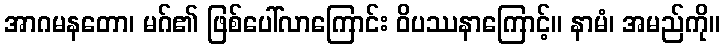
အာဂမနတော၊ မဂ်၏ ဖြစ်ပေါ်လာကြောင်း ဝိပဿနာကြောင့်။ နာမံ၊ အမည်ကို။